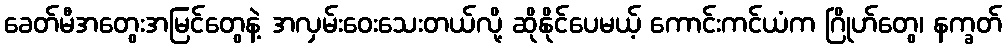
ခေတ်မီအတွေးအမြင်တွေနဲ့ အလှမ်းဝေးသေးတယ်လို့ ဆိုနိုင်ပေမယ့် ကောင်းကင်ယံက ဂြိုဟ်တွေ၊ နက္ခတ်